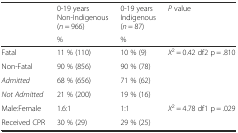
<table><thead><tr><td>[EMPTY_CELL]</td><td><b>0-19 years Non-Indigenous (<i>n</i> = 966)</b></td><td><b>0-19 years Indigenous (<i>n</i> = 87)</b></td><td><b><i>P</i> value</b></td></tr><tr><td>[EMPTY_CELL]</td><td><b>%</b></td><td><b>%</b></td><td>[EMPTY_CELL]</td></tr></thead><tbody><tr><td>Fatal</td><td>11 % (110)</td><td>10 % (9)</td><td rowspan="4"><i>X</i><sup>2</sup> = 0.42 df2 p = .810</td></tr><tr><td>Non-Fatal</td><td>90 % (856)</td><td>90 % (78)</td></tr><tr><td><i>Admitted</i></td><td>68 % (656)</td><td>71 % (62)</td></tr><tr><td><i>Not Admitted</i></td><td>21 % (200)</td><td>19 % (16)</td></tr><tr><td>Male:Female</td><td>1.6:1</td><td>1:1</td><td><i>X</i><sup>2</sup> = 4.78 df1 p = .029</td></tr><tr><td>Received CPR</td><td>30 % (29)</td><td>29 % (25)</td><td>[EMPTY_CELL]</td></tr></tbody></table>